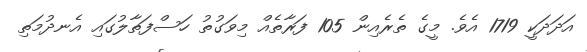
އަދަދަކީ 1719 އެވެ. މީގެ ތެރެއިން 105 ފަރާތެއް މިވަގުތު ހަސްފަތާލުގައި އެނދުމަތި